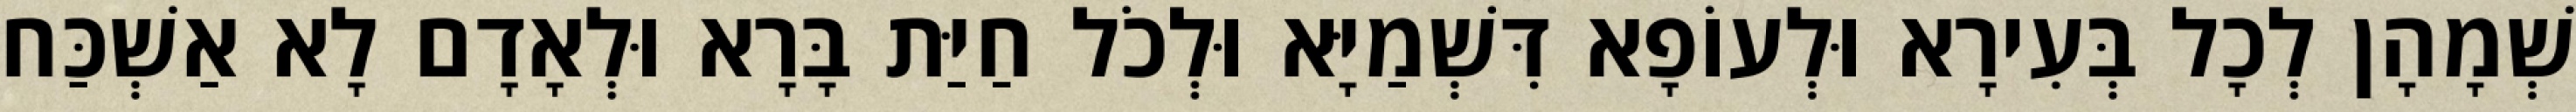
שְׁמָהָן לְכָל בְּעִירָא וּלְעוֹפָא דִּשְׁמַיָּא וּלְכֹל חַיַּת בָּרָא וּלְאָדָם לָא אַשְׁכַּח